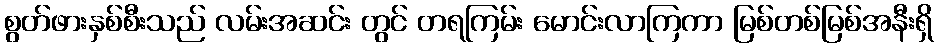
စွတ်ဖားနှစ်စီးသည် လမ်းအဆင်း တွင် တရကြမ်း မောင်းလာကြကာ မြစ်တစ်မြစ်အနီးရှိ